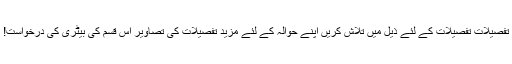
تفصیلات تفصیلات کے لئے ذیل میں تلاش کریں اپنے حوالہ کے لئے مزید تفصیلات کی تصاویر اس قسم کی بیٹری کی درخواست!